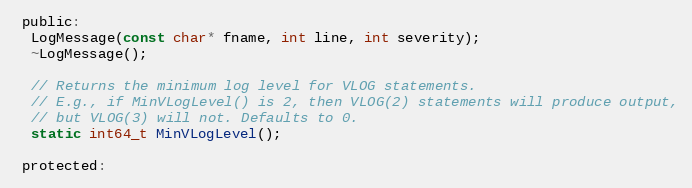
Language: C
 public:
  LogMessage(const char* fname, int line, int severity);
  ~LogMessage();

  // Returns the minimum log level for VLOG statements.
  // E.g., if MinVLogLevel() is 2, then VLOG(2) statements will produce output,
  // but VLOG(3) will not. Defaults to 0.
  static int64_t MinVLogLevel();

 protected: